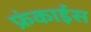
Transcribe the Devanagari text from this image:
फ्रंकाईस